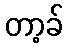
တာ့ခ်